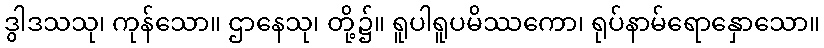
ဒွါဒသသု၊ ကုန်သော။ ဌာနေသု၊ တို့၌။ ရူပါရူပမိဿကော၊ ရုပ်နာမ်ရောနှောသော။